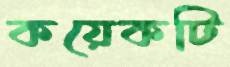
কয়েকটি